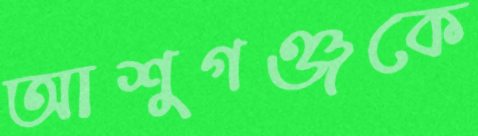
আশুগঞ্জকে